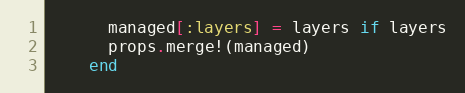
Language: Ruby
      managed[:layers] = layers if layers
      props.merge!(managed)
    end